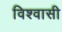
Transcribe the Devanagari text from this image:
विश्‍वासी